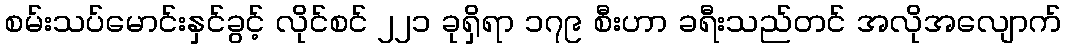
စမ်းသပ်မောင်းနှင်ခွင့် လိုင်စင် ၂၂၁ ခုရှိရာ ၁၇၉ စီးဟာ ခရီးသည်တင် အလိုအလျောက်